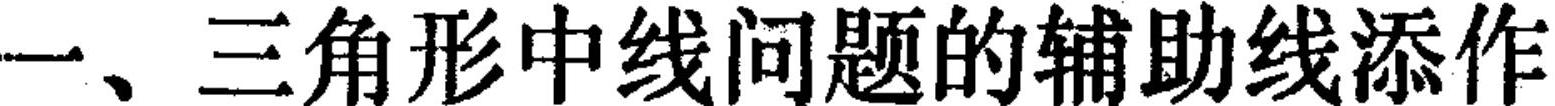
一、三角形中线问题的辅助线添作